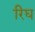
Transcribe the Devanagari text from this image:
रिघ